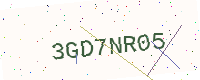
Text: 3GD7NR05